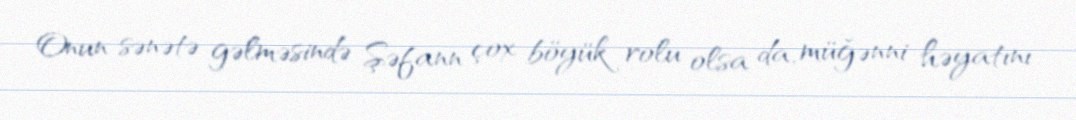
Onun sənətə gəlməsində Şəfann çox böyük rolu olsa da, müğənni həyatını